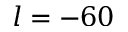
l = - 6 0